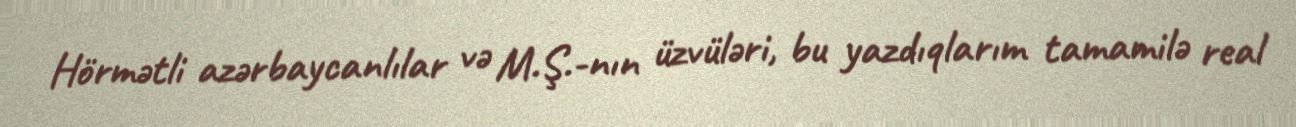
Hörmətli azərbaycanlılar və M.Ş.-nın üzvüləri, bu yazdıqlarım tamamilə real